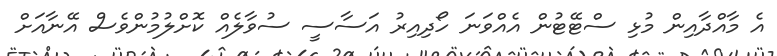
އެ މާއްދާއިން މުޅި ސްޓޭޓުން އެއްވަނަ ހޯދިއިރު އަސާސީ ސުވާލެއް ކޮށްލުމުންވެސް އޭނާއަށް